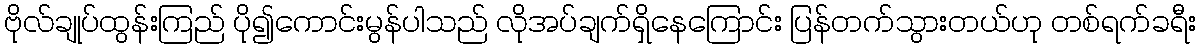
ဗိုလ်ချုပ်ထွန်းကြည် ပို၍ကောင်းမွန်ပါသည် လိုအပ်ချက်ရှိနေကြောင်း ပြန်တက်သွားတယ်ဟု တစ်ရက်ခရီး